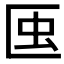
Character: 𧈟